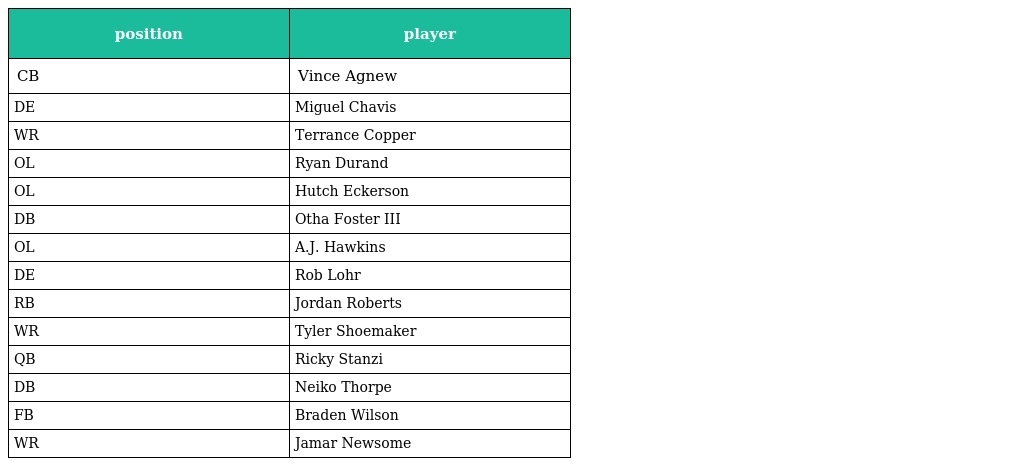
| position | player |
 | --- | --- |
 | CB | Vince Agnew |
 | DE | Miguel Chavis |
 | WR | Terrance Copper |
 | OL | Ryan Durand |
 | OL | Hutch Eckerson |
 | DB | Otha Foster III |
 | OL | A.J. Hawkins |
 | DE | Rob Lohr |
 | RB | Jordan Roberts |
 | WR | Tyler Shoemaker |
 | QB | Ricky Stanzi |
 | DB | Neiko Thorpe |
 | FB | Braden Wilson |
 | WR | Jamar Newsome |